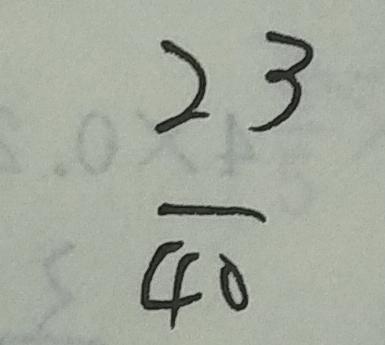
\frac { 2 3 } { 4 0 }